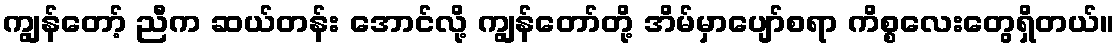
ကျွန်တော့် ညီက ဆယ်တန်း အောင်လို့ ကျွန်တော်တို့ အိမ်မှာပျော်စရာ ကိစ္စလေးတွေရှိတယ်။